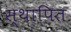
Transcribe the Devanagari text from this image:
स्थापित